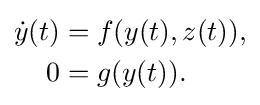
{\begin{aligned}{\dot {y}}(t)&=f(y(t),z(t)),\\0&=g(y(t)).\end{aligned}}